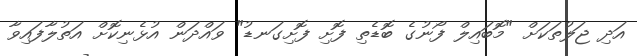
އަދި ޖަލުތަކަށް "މޮބައިލް ފޯނުގެ ބޮޑެތި ފޮށި ފޮށިގަނޑު" ވައްދަން އުޅެނިކޮށް އަތުލާފައިވާ